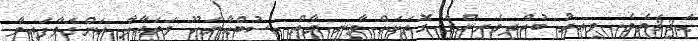
ޙަޤީޤަތެވެ. ވީއިރު ބުއްދިވެރިންގެ ގޮތަކަށް ވާނީ މާތް  ސުބްޙާނަހޫ ވަތަޢާލާ އަންގަވާފައިވާ